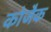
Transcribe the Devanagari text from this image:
कोजैक